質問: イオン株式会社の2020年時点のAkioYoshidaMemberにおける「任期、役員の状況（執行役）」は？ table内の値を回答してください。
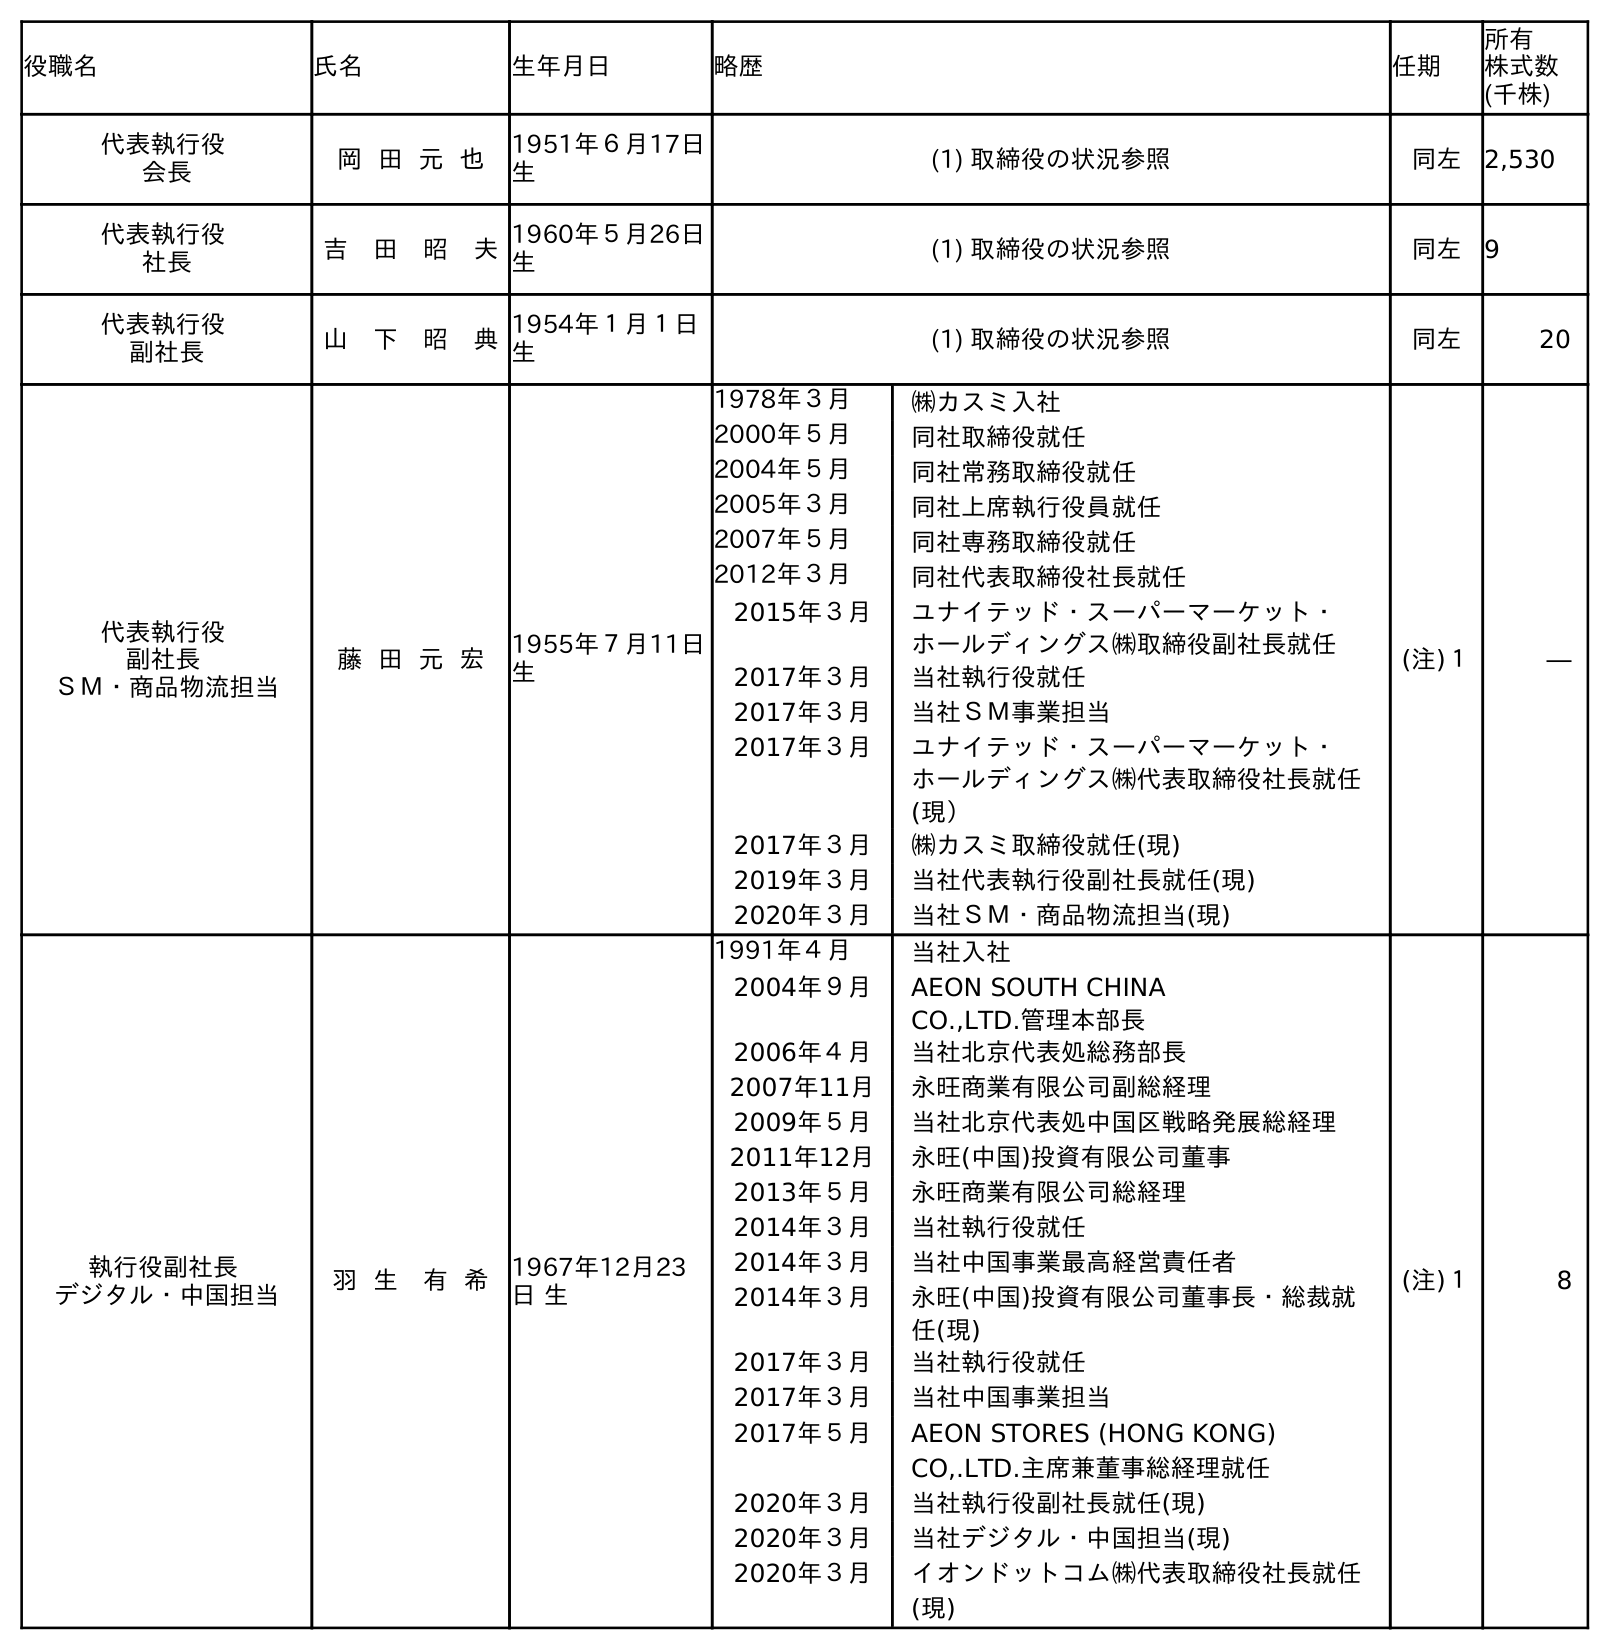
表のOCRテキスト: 役職名 氏名 生年月日 略歴 任期 所有 株式数 (千株) 代表執行役 会長 岡 田 元 也 1951年６月17日 生 (1) 取締役の状況参照 同左 2,530 代表執行役 社長 吉 田 昭 夫1960年５月26日 生 (1) 取締役の状況参照 同左 9 代表執行役 副社長 山 下 昭 典1954年１月１日 生 (1) 取締役の状況参照 同左 20 代表執行役 副社長 ＳＭ・商品物流担当 藤 田 元 宏 1955年７月11日 生 1978年３月 ㈱カスミ入社 2000年５月 同社取締役就任 2004年５月 同社常務取締役就任 2005年３月 同社上席執行役員就任 2007年５月 同社専務取締役就任 2012年３月 同社代表取締役社長就任 2015年３月 ユナイテッド・スーパーマーケット・ ホールディングス㈱取締役副社長就任 2017年３月 当社執行役就任 2017年３月 当社ＳＭ事業担当 2017年３月 ユナイテッド・スーパーマーケット・ ホールディングス㈱代表取締役社長就任 (現） 2017年３月 ㈱カスミ取締役就任(現) 2019年３月 当社代表執行役副社長就任(現) 2020年３月 当社ＳＭ・商品物流担当(現) (注)１ ― 執行役副社長 デジタル・中国担当 羽 生 有 希 1967年12月23 日 生 1991年４月 当社入社 2004年９月 AEON SOUTH CHINA CO.,LTD.管理本部長 2006年４月 当社北京代表処総務部長 2007年11月 永旺商業有限公司副総経理 2009年５月 当社北京代表処中国区戦略発展総経理 2011年12月 永旺(中国)投資有限公司董事 2013年５月 永旺商業有限公司総経理 2014年３月 当社執行役就任 2014年３月 当社中国事業最高経営責任者 2014年３月 永旺(中国)投資有限公司董事長・総裁就 任(現) 2017年３月 当社執行役就任 2017年３月 当社中国事業担当 2017年５月 AEON STORES (HONG KONG) CO,.LTD.主席兼董事総経理就任 2020年３月 当社執行役副社長就任(現) 2020年３月 当社デジタル・中国担当(現) 2020年３月 イオンドットコム㈱代表取締役社長就任 (現) (注)１ 8
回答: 同左